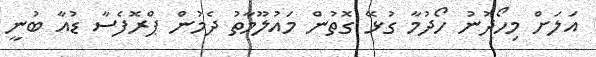
އަލަށް މިހޯދުނު ހޯދުމާ ގުޅޭ ގޮތުން މައުލޫމާތު ދެމުން ޕްރޮފެސާ ޑުއާ ބުނީ